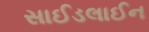
સાઈડલાઈન